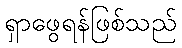
ရှာဖွေရန်ဖြစ်သည်